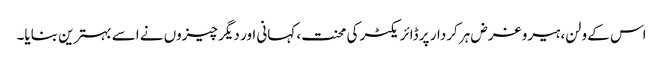
اس کے ولن، ہیرو غرض ہر کردار پر ڈائریکٹر کی محنت، کہانی اور دیگر چیزوں نے اسے بہترین بنایا۔